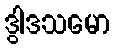
ဒွါဒသမော